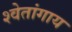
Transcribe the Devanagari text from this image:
श्वेतांगाय